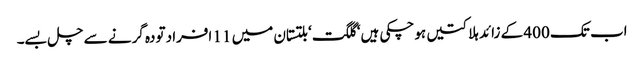
اب تک 400 کے زائد ہلاکتیں ہوچکی ہیں‘ گلگت‘ بلتستان میں 11 افراد تودہ گرنے سے چل بسے۔